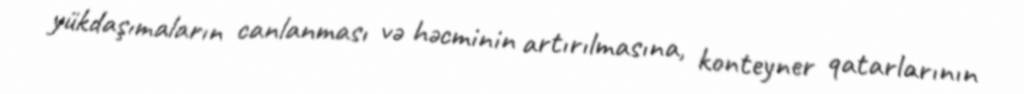
yükdaşımaların canlanması və həcminin artırılmasına, konteyner qatarlarının